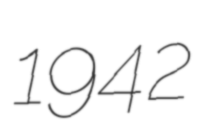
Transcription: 1942